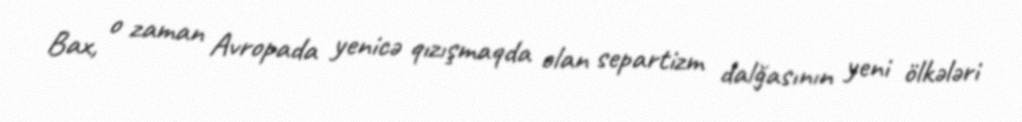
Bax, o zaman Avropada yenicə qızışmaqda olan separtizm dalğasının yeni ölkələri